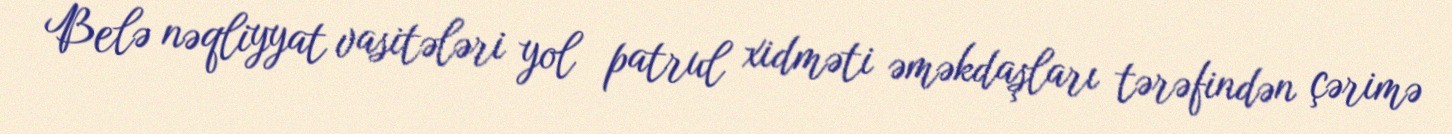
Belə nəqliyyat vasitələri yol patrul xidməti əməkdaşları tərəfindən çərimə